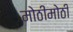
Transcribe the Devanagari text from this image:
मोठीमोठी